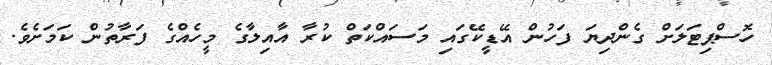
ހޮސްޕިޓަލަށް ގެންދިޔަ ފަހުން އޭޑީކޭގައި މަސައްކަތް ކުރާ އާއިލާގެ މީހެއްގެ ފަރާތުން ކަމަށެވެ.